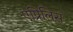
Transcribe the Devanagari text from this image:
एप्रिलिस